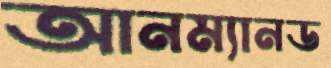
আনম্যানড